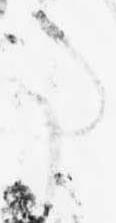
事